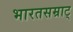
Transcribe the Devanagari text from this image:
भारतसम्राट्